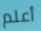
أعلم